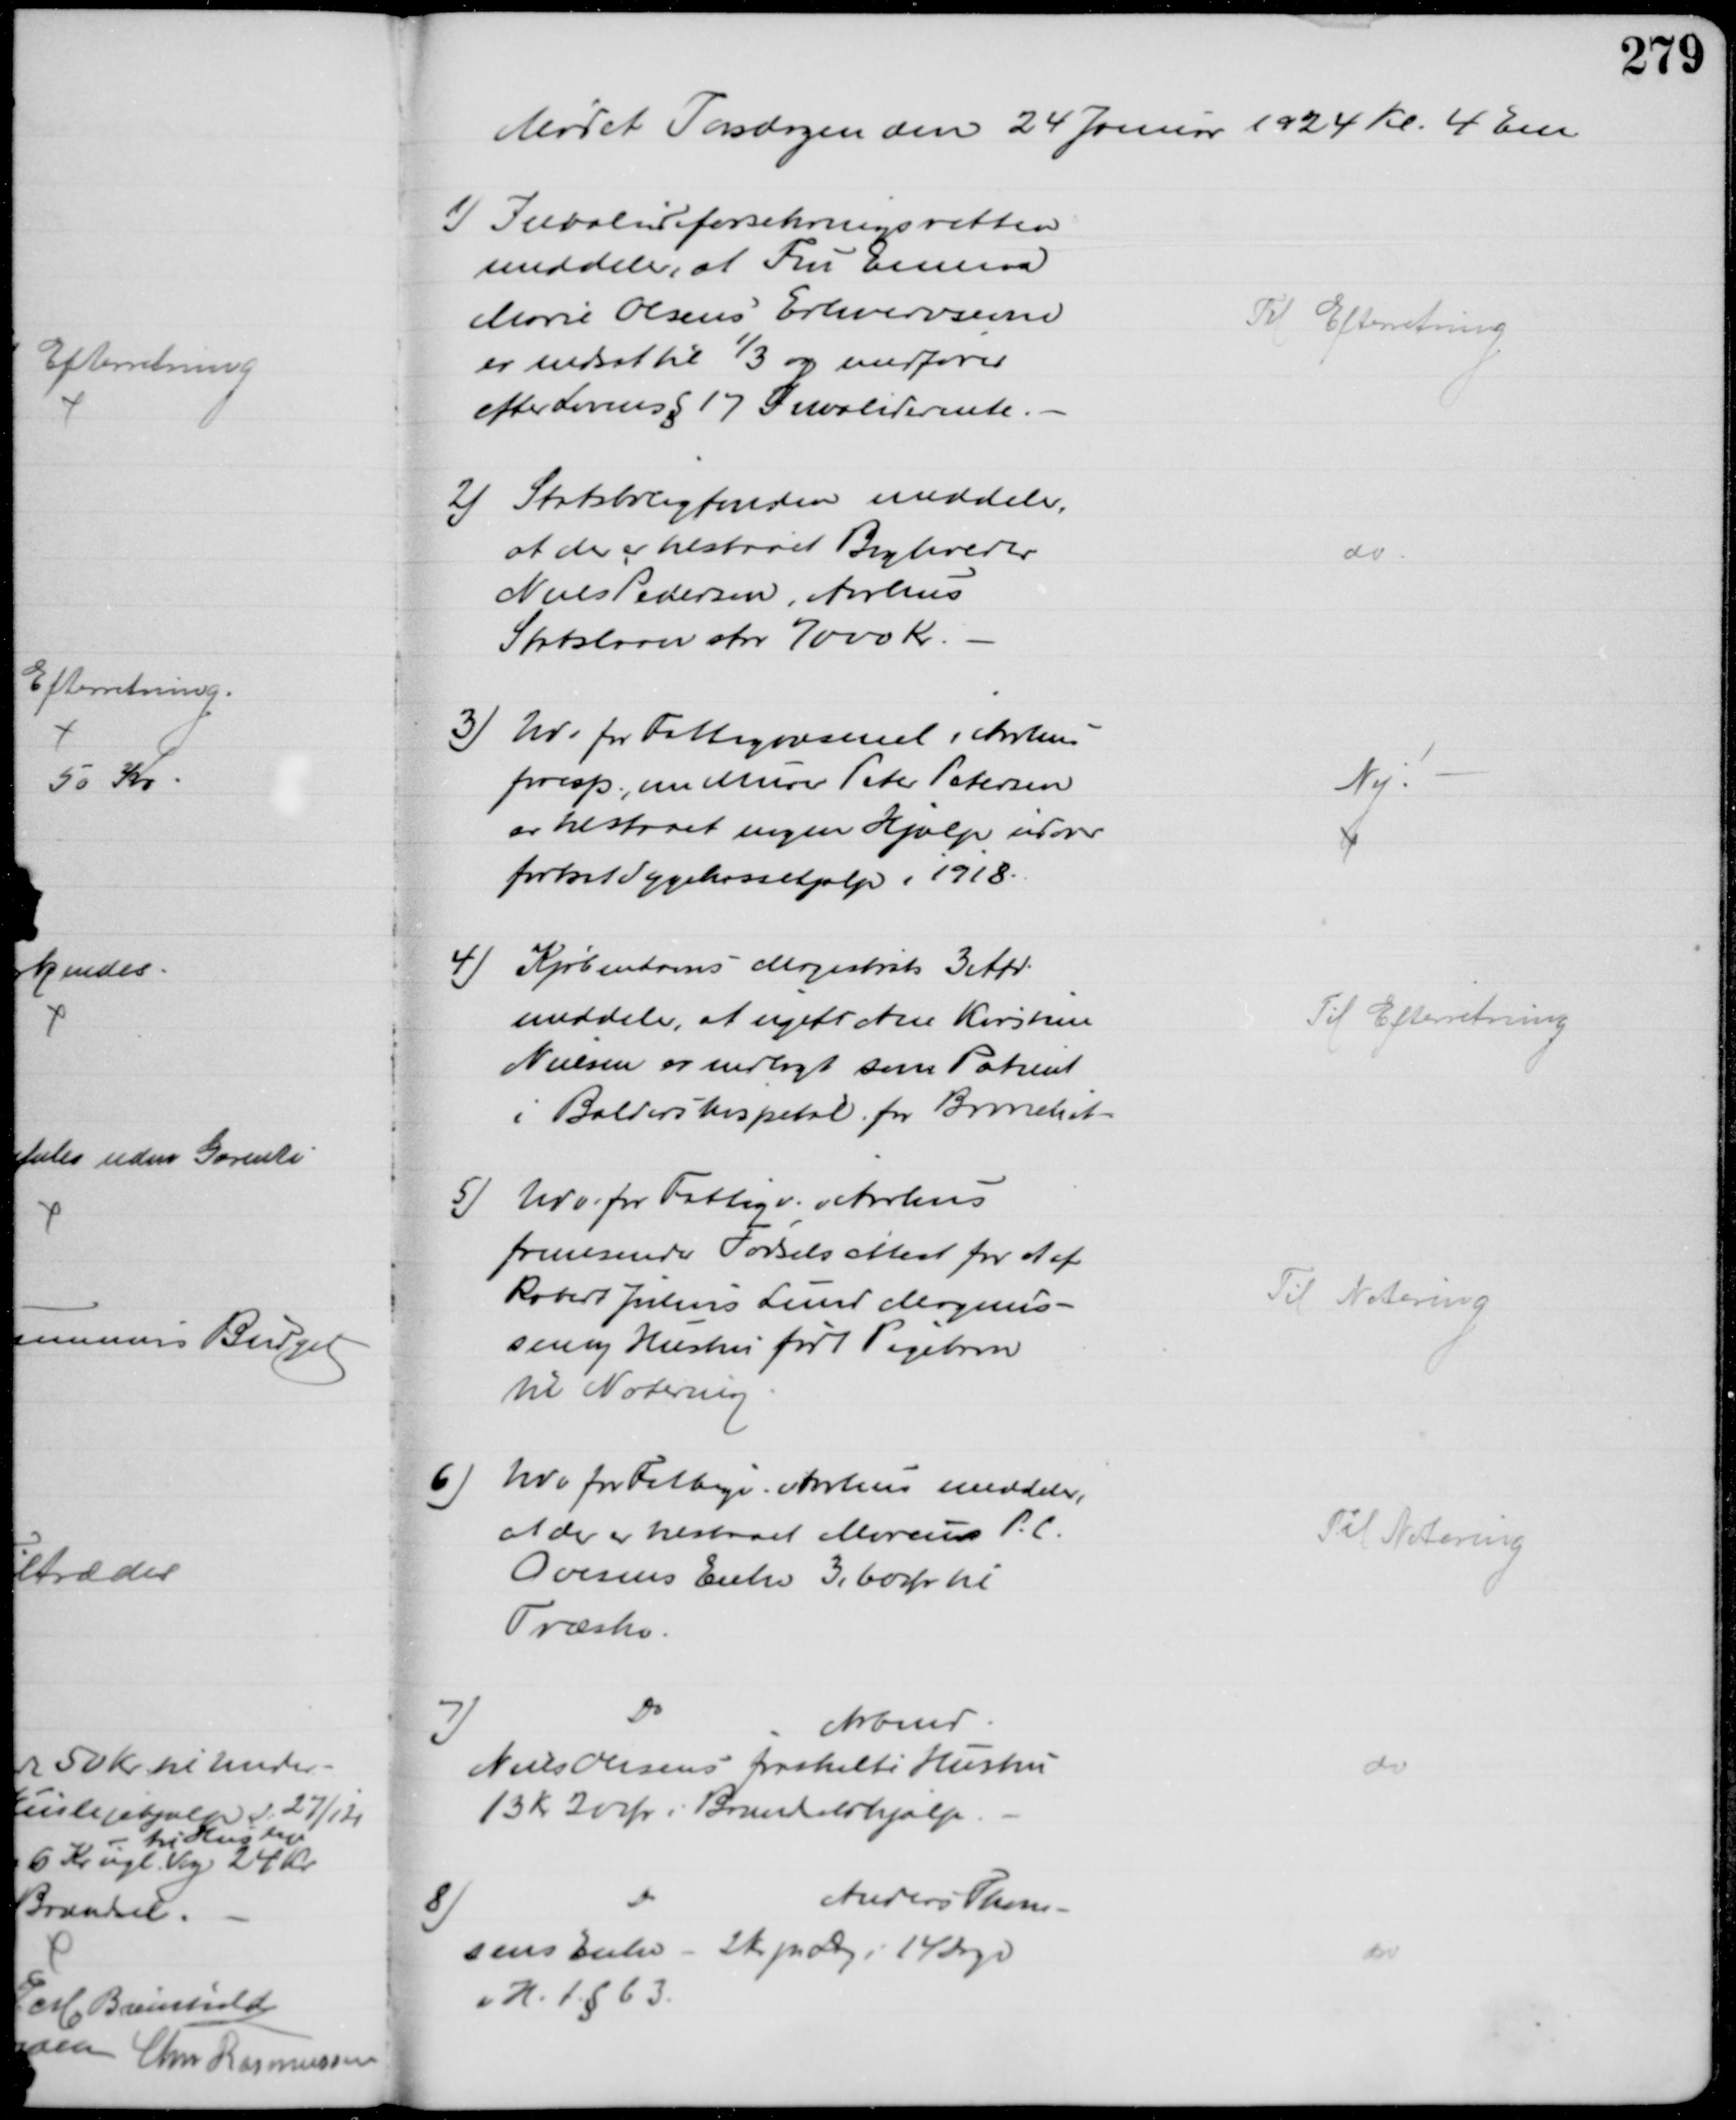
Transskription:
Mødet Torsdagen den 24 Januar 1924 Kl. 4 Em
1) Invalideforsikringsretten
meddeler, at Fru Emma
Marie Olsens Erhvervsevne
er nedsat til ⅓ og medfører
efter Lovens § 17 Invaliderente.
Til Efterretning
2) Statsboligfonden meddeler,
at der er tilstaaet Bogholder 
Niels Pedersen, Aarhus
Statslaan stor 7000 Kr.
do
3) Udv for Fattigvæsenet i Aarhus
foresp. om Murer Peter Petersen
er tilstaaet nogen Hjælp udover
fortsat Sygekassehjælp i 1918.
Nej
4) Kjøbenhavns Magistrats 3 Afd.
meddeler, at ugift Ane Kirstine
Nielsen er indlagt som Patient
i Baldershospital for Bronchitis
Til Efterretning
5) Udv. for Fattigv. i Aarhus
fremsender Fødselsattest for et af
Robert Julius Lund Magnus-
sen og Hustru født Pigebarn
til Notering
Til Notering
6) Udv for Fattigv. Aarhus meddeler,
at der er tilstaaet Marius P. C.
Ovesens Enke 3,60 Ør til 
Træsko.
Til Notering
7)
Do
Arbmd
Niels Olesens fraskilte Hustru
13 kr 20 Ør i Brændselshjælp.
do
8)
Do
Anders Thom-
sens Enke - 2 kr pr dag i 14 dage
i H. t. § 63.
do